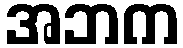
အဘက